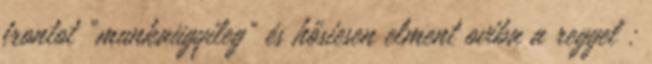
frontot "munkaügyileg" és hősiesen elment oviba a reggel :